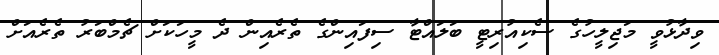
ވިދާޅުވީ މަޖިލީހުގެ ސެކިއުރިޓީ ބަލައްޓާ ސިފައިންގެ ތެރެއިން ދެ މީހަކަށް ޗެމްބަރު ތެރެއަށް